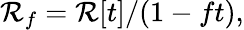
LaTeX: \mathcal{R}_{f}=\mathcal{R}[t]/(1-ft),